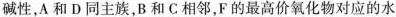
碱性，A和D同主族，B和C相邻，F的最高价氧化物对应的水